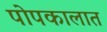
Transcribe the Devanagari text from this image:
पोपकालात